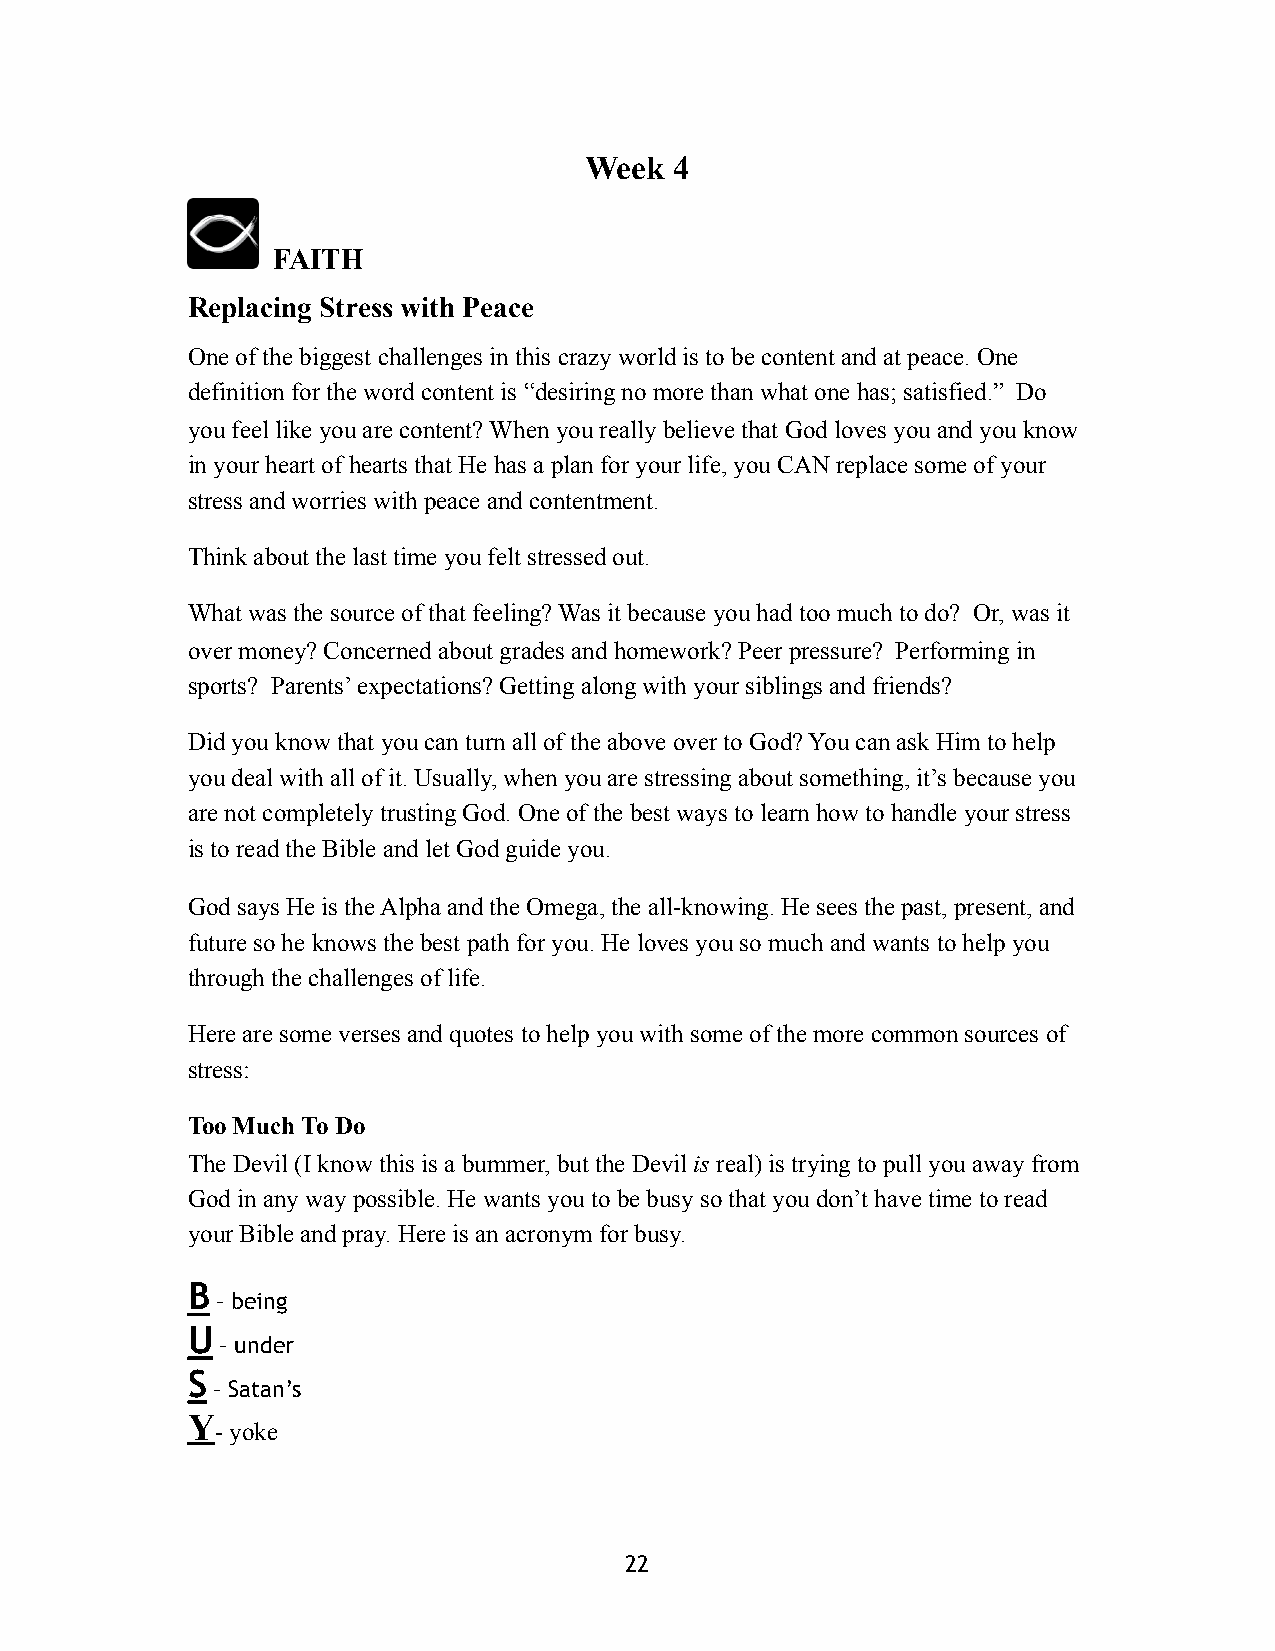
Week  4
 FAITH
 Replacing Stress with Peace
 One of the biggest challenges in this crazy world is to be content and at peace. One
 definition for the word content is “desiring no more than what one has; satisfied.” Do
 you feel like you are content? When you really believe that God loves you and you know
 in your heart of hearts that He has a plan for your life, you CAN replace some of your
 stress and worries with peace and contentment.
 Think about the last time you felt stressed out.
 What was the source of that feeling? Was it because you had too much to do? Or, was it
 over money? Concerned about grades and homework? Peer pressure? Performing in
 sports? Parents’ expectations? Getting along with your siblings and friends?
 Did you know that you can turn all of the above over to God? You can ask Him to help
 you deal with all of it. Usually, when you are stressing about something, it’s because you
 are not completely trusting God. One of the best ways to learn how to handle your stress
 is to read the Bible and let God guide you.
 God says He is the Alpha and the Omega, the all-knowing. He sees the past, present, and
 future so he knows the best path for you. He loves you so much and wants to help you
 through the challenges of life.
 Here are some verses and quotes to help you with some of the more common sources of
 stress:
 Too Much To Do
 The Devil (I know this is a bummer, but the Devil is real) is trying to pull you away from
 God in any way possible. He wants you to be busy so that you don’t have time to read
 your Bible and pray. Here is an acronym for busy.
 B
 – being
 U
 – under
 S
 – Satan’s
 Y
 - yoke
 22